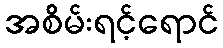
အစိမ်းရင့်ရောင်